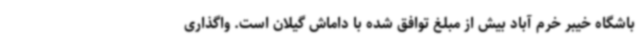
باشگاه خیبر خرم آباد بیش از مبلغ توافق شده با داماش گیلان است. واگذاری